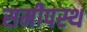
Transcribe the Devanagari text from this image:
समीपस्‍थ